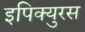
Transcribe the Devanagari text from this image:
इपिक्युरस